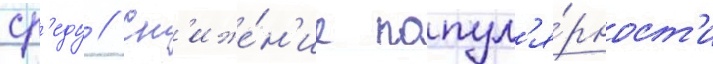
ср'еду // Сн'иже́н'ие попул'я́рност'и